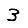
Digit: 3